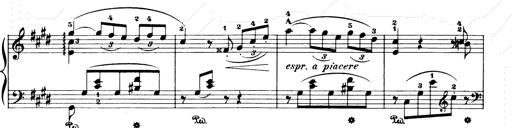
Title: Consolations and LiebestrÃ¤ume for the Piano
Composer: Franz Liszt